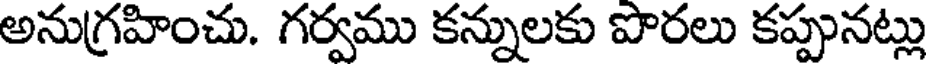
అనుగ్రహించు. గర్వము కన్నులకు పొరలు కప్పునట్లు